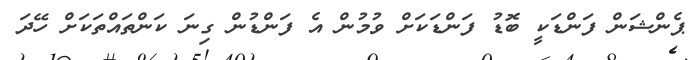
ޕެންޝަން ފަންޑަކީ ބޮޑު ފަންޑަކަށް ވުމުން އެ ފަންޑުން ގިނަ ކަންތައްތަަކަށް ހޭދަ